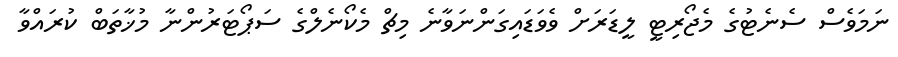
ނަމަވެސް ސެނެޓުގެ މެޖޯރިޓީ ލީޑަރަށް ވެވަޑައިގަންނަވާނެ މިޗް މެކޯނެލްގެ ސަޕޯޓަރުންނާ މުޚާތަބް ކުރައްވާ